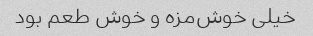
خیلی خوش‌مزه و خوش طعم بود